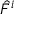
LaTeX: { \hat { F } } ^ { i }